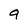
Character: 9